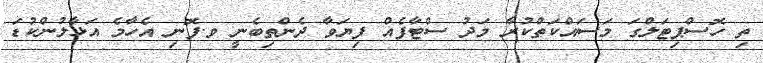
ތި ހޮސްޕިޓަލްގަ މަސައްކަތްކުރާ މަދު ސްޓާފެއް ފިޔަވާ ދެންތިބެނީ ވ.ފޮނި އެހާމެ އަޅާލުންކުޑަ